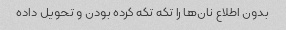
بدون اطلاع نان‌ها را تکه تکه کرده بودن و تحویل داده